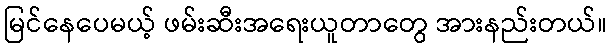
မြင်နေပေမယ့် ဖမ်းဆီးအရေးယူတာတွေ အားနည်းတယ်။